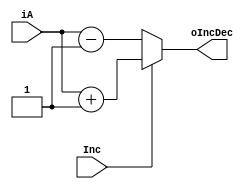
module mIncDecA(input[7:0] iA,
					input Inc, 			//if 1 = Inc; 0 = Dec
					output reg [7:0] oIncDec);
					
always@(Inc)
	if (Inc)
		oIncDec <= iA + 1;
	else
		oIncDec <= iA - 1;

endmodule